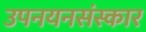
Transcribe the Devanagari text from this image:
उपनयनसंस्कार